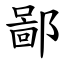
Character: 鄙